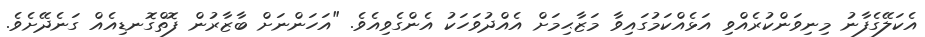
އެކަލޭގެފާނު މިނިވަންކުރެއްވި އަޅެއްކަމުގައިވާ މަޒާޙިމަށް އެއްދުވަހަކު އެންގެވިއެވެ. "އަހަންނަށް ބާޒާރުން ފޮތްގޮނޑިއެއް ގަނެދޭށެވެ.